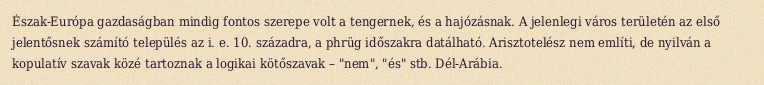
Észak-Európa gazdaságban mindig fontos szerepe volt a tengernek, és a hajózásnak. A jelenlegi város területén az első jelentősnek számító település az i. e. 10. századra, a phrüg időszakra datálható. Arisztotelész nem említi, de nyilván a kopulatív szavak közé tartoznak a logikai kötőszavak – "nem", "és" stb. Dél-Arábia.